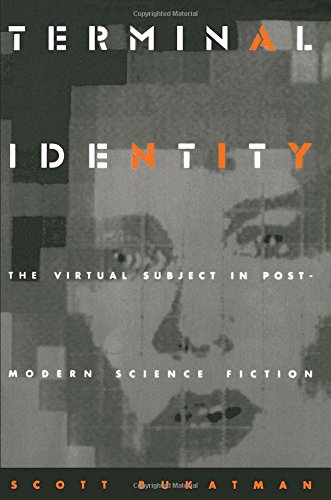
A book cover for Terminal Identity: The Virtual Subject in Postmodern Science Fiction; Scott Bukatman; Science Fiction & Fantasy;